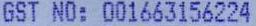
GST NO: 001663156224